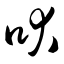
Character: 吠